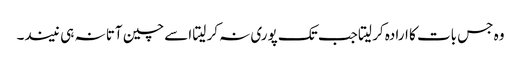
وہ جس بات کا ارادہ کر لیتا جب تک پوری نہ کر لیتا اسے چین آتا نہ ہی نیند۔